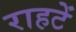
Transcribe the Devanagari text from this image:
राहटें